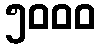
၅၀၀၀